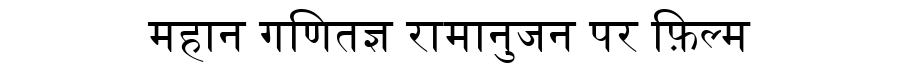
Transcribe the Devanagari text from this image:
महान गणितज्ञ रामानुजन पर फ़िल्म